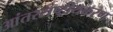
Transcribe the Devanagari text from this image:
आंतरराष्ट्रीयकरण